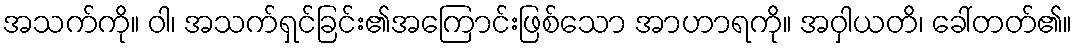
အသက်ကို။ ဝါ၊ အသက်ရှင်ခြင်း၏အကြောင်းဖြစ်သော အာဟာရကို။ အဝှါယတိ၊ ခေါ်တတ်၏။